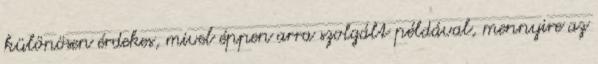
különösen érdekes, mivel éppen arra szolgált példával, mennyire az